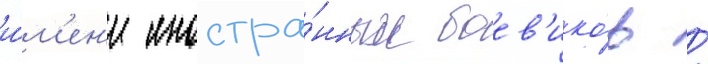
и́м'ен'и иностра́нных боев'ико́в /